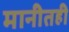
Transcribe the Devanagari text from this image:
मानीतही